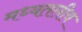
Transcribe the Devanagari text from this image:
मध्यतलीय